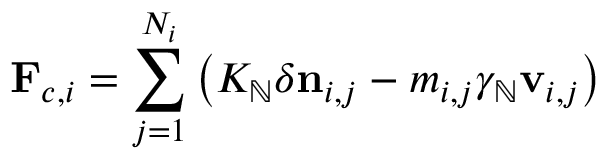
\mathbf { F } _ { c , i } = \sum _ { j = 1 } ^ { N _ { i } } \left( K _ { \mathbb { N } } \delta \mathbf { n } _ { i , j } - m _ { i , j } \gamma _ { \mathbb { N } } \mathbf { v } _ { i , j } \right)